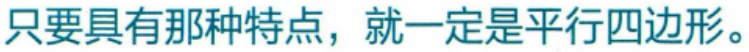
只要具有那种特点，就一定是平行四边形。